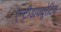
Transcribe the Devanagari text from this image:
एन्टीडाययूरेटिक